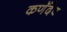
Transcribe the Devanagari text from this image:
कणॅदेव